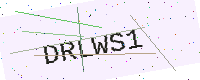
Text: DRLWS1